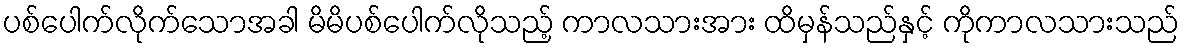
ပစ်ပေါက်လိုက်သောအခါ မိမိပစ်ပေါက်လိုသည့် ကာလသားအား ထိမှန်သည်နှင့် ကိုကာလသားသည်